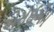
એસઈએમ